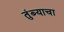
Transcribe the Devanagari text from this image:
तुंब्याचा